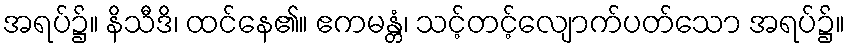
အရပ်၌။ နိသီဒိ၊ ထင်နေ၏။ ဧကမန္တံ၊ သင့်တင့်လျောက်ပတ်သော အရပ်၌။